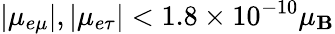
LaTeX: |\mu_{e\mu}|,|\mu_{e\tau}|<1.8\times10^{-10}\mu_{\mathbf{B}}